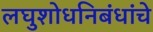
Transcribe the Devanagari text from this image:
लघुशोधनिबंधांचे